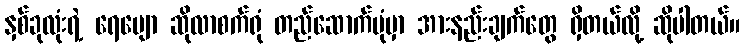
နှစ်ခုလုံးရဲ့ ရေမျော ဆိုလာစက်ရုံ တည်ဆောက်ပုံမှာ အားနည်းချက်တွေ ရှိတယ်လို့ ဆိုပါတယ်။